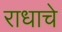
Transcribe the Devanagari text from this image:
राधाचे